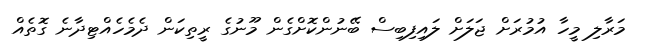
މަރާލި މީހާ އުމުރަށް ޖަލަށް ލައިފިބިސް ބޭނުންކޮށްގެން މޫނުގެ ރީތިކަން ދެމެހެއްޓިދާނެ ގޮތެއް